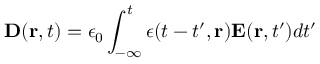
{ \bf D } ( { \bf r } , t ) = \epsilon _ { 0 } \int _ { - \infty } ^ { t } \epsilon ( t - t ^ { \prime } , { \bf r } ) { \bf E } ( { \bf r } , t ^ { \prime } ) d t ^ { \prime }